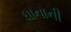
ઘાનાની